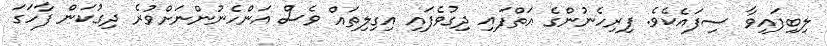
ލިބިފައިވާ ސިފައެކެވެ. ފިރިހެނުންގެ އަތްފައި ދިގުވެފައި އިގިލިތައް ވެސް އަންހެނުންނަށްވުރެ ދިގުކަން ފާހަގަ